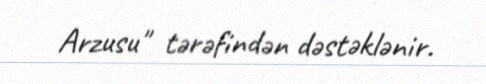
Arzusu" tərəfindən dəstəklənir.